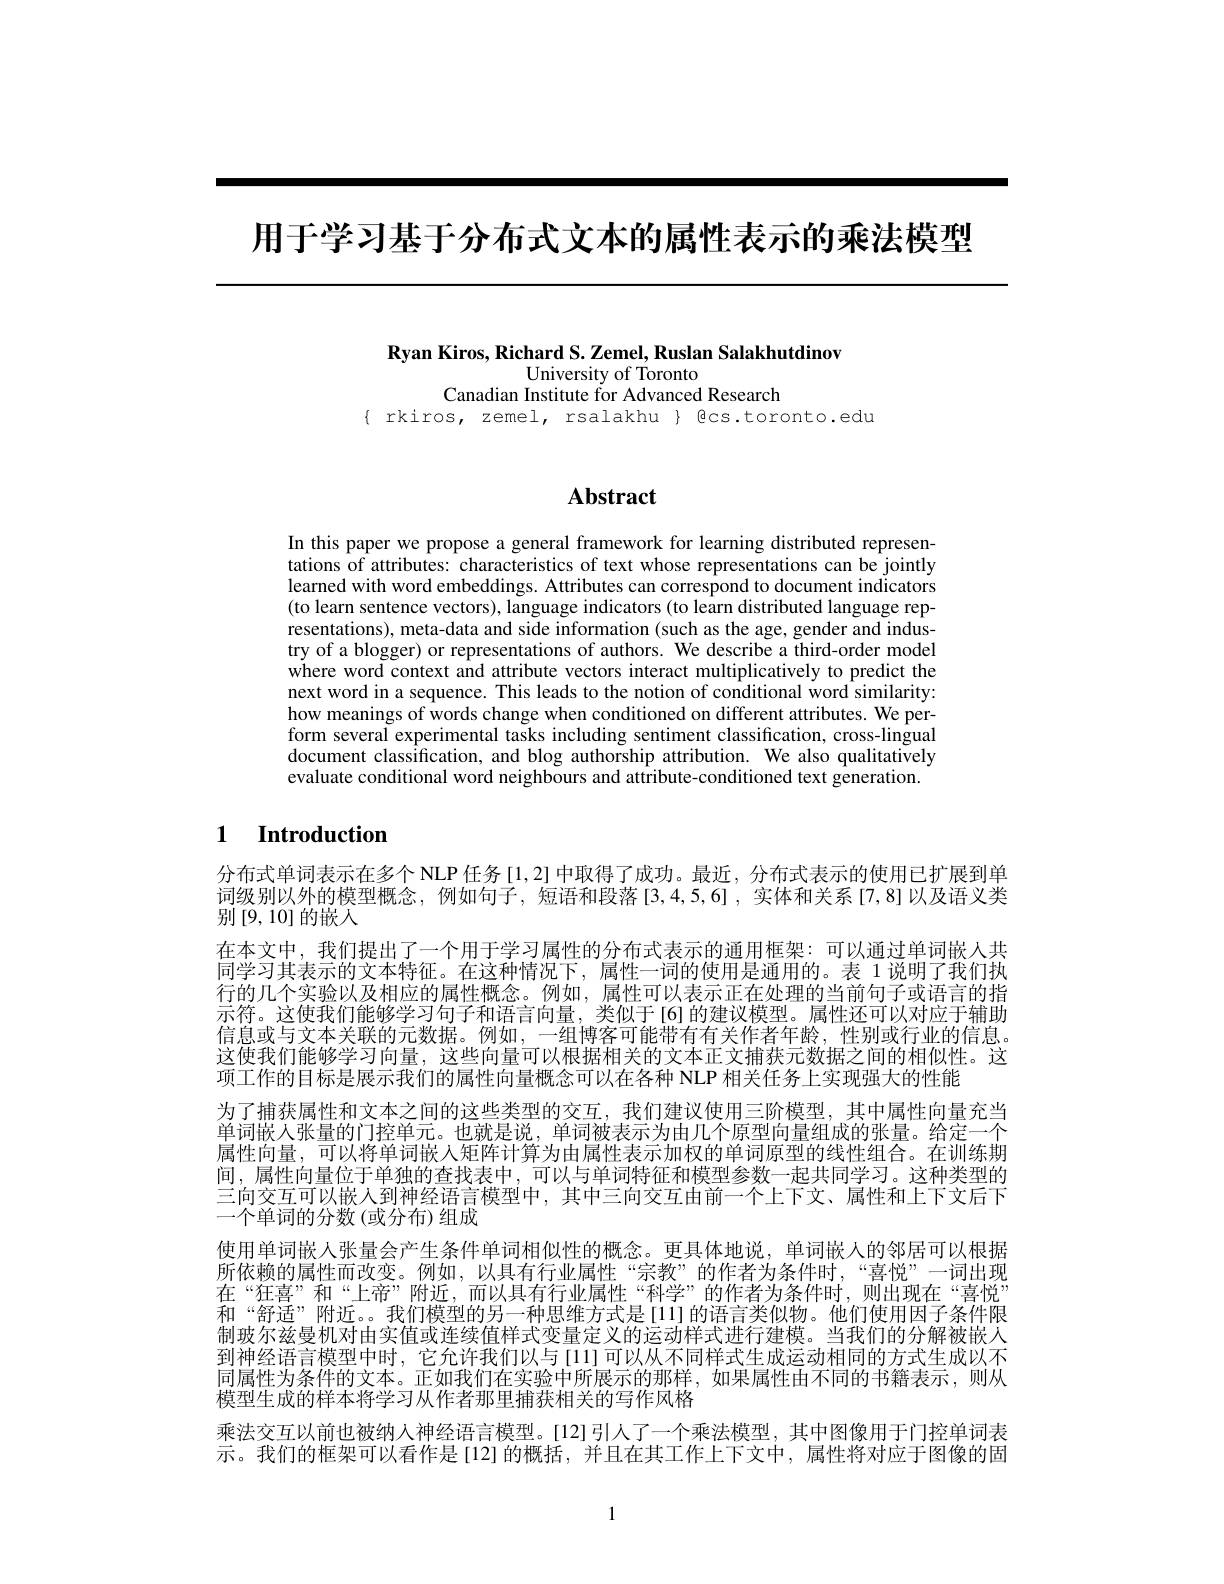
用于学习基于分布式文本的属性表示的乘法模型

Ryan Kiros, Richard S. Zemel, Ruslan Salakhutdinov

University of Toronto
Canadian Institute for Advanced Research
$\{$ rkiros, zemel, rsalakhu $\}$ Ecs.toronto.edu

# Abstract

In this paper we propose a general framework for learning distributed representations of attributes: characteristics of text whose representations can be jointly learned with word embeddings. Attributes can correspond to document indicators (to learn sentence vectors), language indicators (to learn distributed language representations), meta-data and side information (such as the age, gender and industry of a blogger) or representations of authors. We describe a third-order model where word context and attribute vectors interact multiplicatively to predict the next word in a sequence. This leads to the notion of conditional word similarity: how meanings of words change when conditioned on different attributes. We perform several experimental tasks including sentiment classification, cross-lingual document classification, and blog authorship attribution. We also qualitatively evaluate conditional word neighbours and attribute-conditioned text generation.

## $\textbf{1}$ $\textbf{Introduction}$

分布式单词表示在多个 NLP 任务 [1,2] 中取得了成功。最近，分布式表示的使用已扩展到单词级别以外的模型概念，例如句子，短语和段落[3,4,5,6],实体和关系[7,8]以及语义类别[9,10]的嵌人
在本文中，我们提出了一个用于学习属性的分布式表示的通用框架：可以通过单词嵌人共同学习其表示的文本特征。在这种情况下，属性一词的使用是通用的。表 1 说明了我们执行的几个实验以及相应的属性概念。例如，属性可以表示正在处理的当前句子或语言的指示符。这使我们能够学习句子和语言向量，类似于[6]的建议模型。属性还可以对应于辅助信息或与文本关联的元数据。例如，一组博客可能带有有关作者年龄，性别或行业的信息。这使我们能够学习向量，这些向量可以根据相关的文本正文捕获元数据之间的相似性。这项工作的目标是展示我们的属性向量概念可以在各种 NLP 相关任务上实现强大的性能
为了捕获属性和文本之间的这些类型的交互，我们建议使用三阶模型，其中属性向量充当单词嵌人张量的门控单元。也就是说，单词被表示为由几个原型向量组成的张量。给定一个属性向量，可以将单词嵌入矩阵计算为由属性表示加权的单词原型的线性组合。在训练期间，属性向量位于单独的查找表中，可以与单词特征和模型参数一起共同学习。这种类型的三向交互可以嵌入到神经语言模型中，其中三向交互由前一个上下文、属性和上下文后下一个单词的分数(或分布)组成
使用单词嵌人张量会产生条件单词相似性的概念。更具体地说，单词嵌人的邻居可以根据所依赖的属性而改变。例如，以具有行业属性“宗教”的作者为条件时，“喜悦”一词出现在“狂喜”和“上帝”附近，而以具有行业属性“科学”的作者为条件时，则出现在“喜悦” 和“舒适”附近。我们模型的另一种思维方式是[11]的语言类似物。他们使用因子条件限制玻尔兹曼机对由实值或连续值样式变量定义的运动样式进行建模。当我们的分解被嵌人到神经语言模型中时，它允许我们以与[11]可以从不同样式生成运动相同的方式生成以不同属性为条件的文本。正如我们在实验中所展示的那样，如果属性由不同的书籍表示，则从模型生成的样本将学习从作者那里捕获相关的写作风格
乘法交互以前也被纳入神经语言模型。[12]引人了一个乘法模型，其中图像用于门控单词表示。我们的框架可以看作是[12]的概括，并且在其工作上下文中，属性将对应于图像的固

1